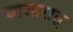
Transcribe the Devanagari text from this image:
बाजारात्‌